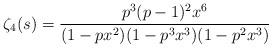
LaTeX: \begin{align*}\zeta_4(s) = \frac{p^3(p-1)^2x^6}{(1-px^2)(1-p^3x^3)(1-p^2x^3)}\end{align*}